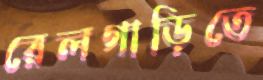
রেলগাড়িতে